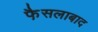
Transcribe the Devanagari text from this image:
फै़सलाबाद